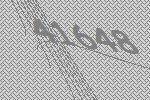
41648